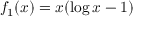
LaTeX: f _ { 1 } ( x ) = x ( \log x - 1 )